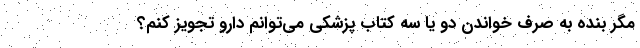
مگر بنده به صرف خواندن دو یا سه کتاب پزشکی می‌توانم دارو تجویز کنم؟